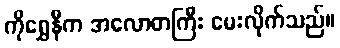
ကိုရွှေနီက အလောတကြီး မေးလိုက်သည်။